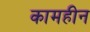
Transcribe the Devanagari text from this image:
कामहीन